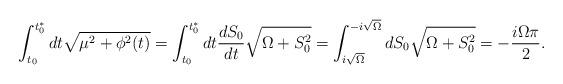
LaTeX: \begin{align*}\int_{t_0}^{t_0^*} dt \sqrt{\mu^2+\phi^2(t)} =\int_{t_0}^{t_0^*} dt {dS_0\over dt} \sqrt{\Omega+S_0^2} =\int_{i\sqrt{\Omega}}^{-i\sqrt{\Omega}} dS_0 \sqrt{\Omega+S_0^2}=- {i \Omega \pi \over 2}.\end{align*}